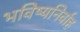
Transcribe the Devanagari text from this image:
भविष्यनिर्वाह